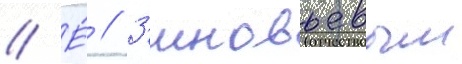
// Е́ // З'иновьевым